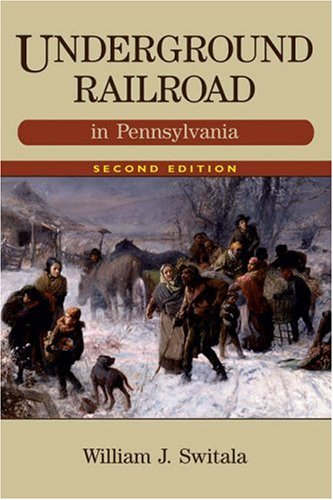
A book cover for Underground Railroad in Pennsylvania, 2nd Edition (The Underground Railroad); William J. Switala; Travel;